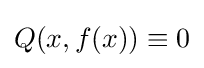
Q(x,f(x))\equiv 0